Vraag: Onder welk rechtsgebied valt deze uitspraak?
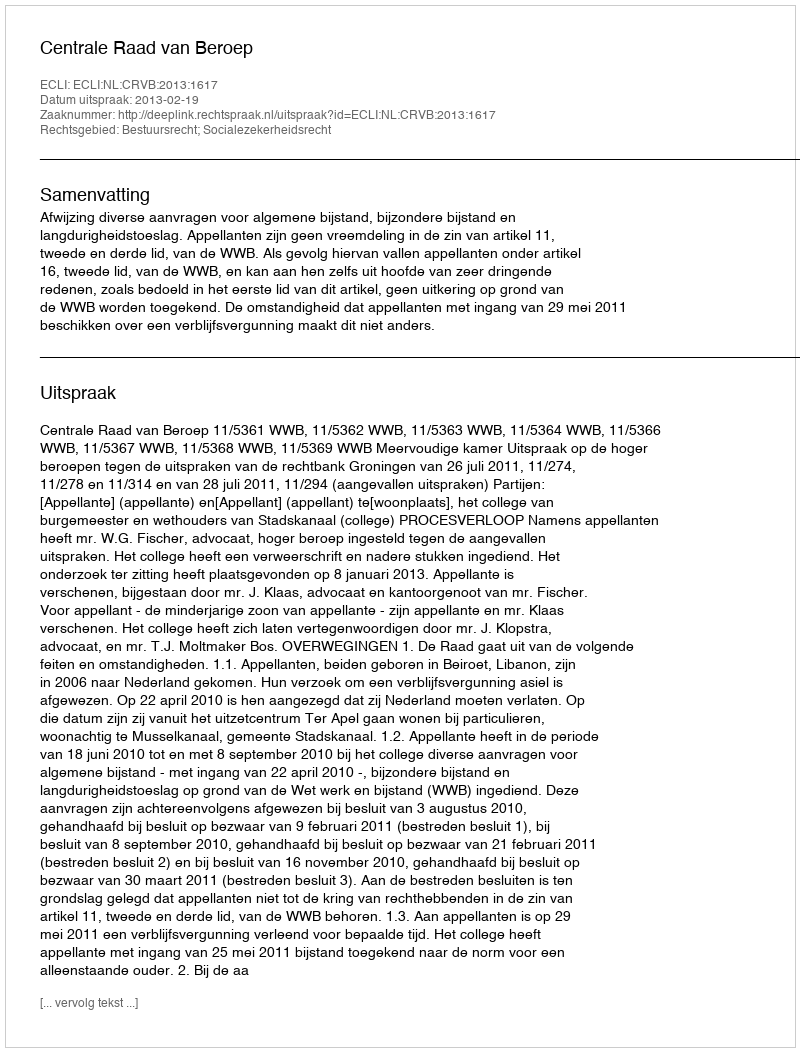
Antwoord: Bestuursrecht; Socialezekerheidsrecht